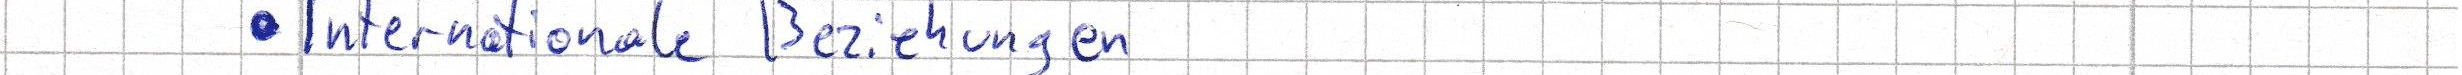
- Internationale Beziehungen